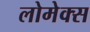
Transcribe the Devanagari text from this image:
लोमेक्स